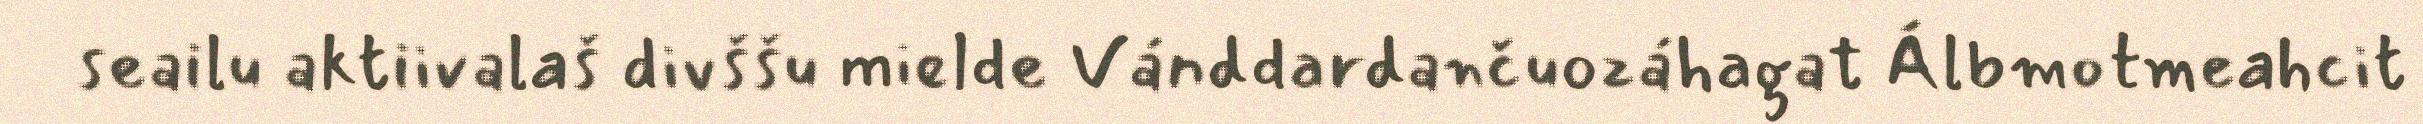
seailu aktiivalaš divššu mielde Vánddardančuozáhagat Álbmotmeahcit